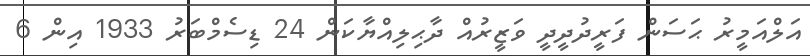
އަލްއަމީރު ޙަސަން ފަރީދުދީދީ ވަޒީރުއް ދާޙިލިއްޔާކަން 24 ޑިސެމްބަރު 1933 އިން 6